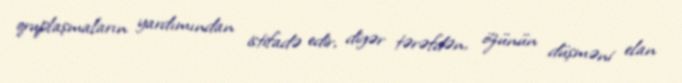
qruplaşmaların yardımından istifadə edir, digər tərəfdən, özünün düşməni elan